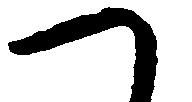
つ